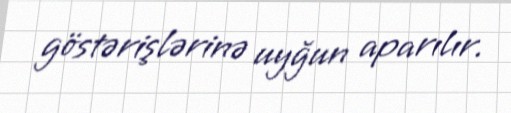
göstərişlərinə uyğun aparılır.